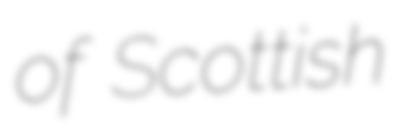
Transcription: of Scottish